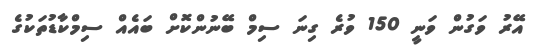
އޭރު ވަގުން ވަނީ 150 ވުރެ ގިނަ ސިމް ބޭނުންކޮށް ބައެއް ސިމްކާޑުތަކުގެ